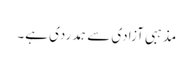
مذہبی آزادی سے ہمدردی ہے۔